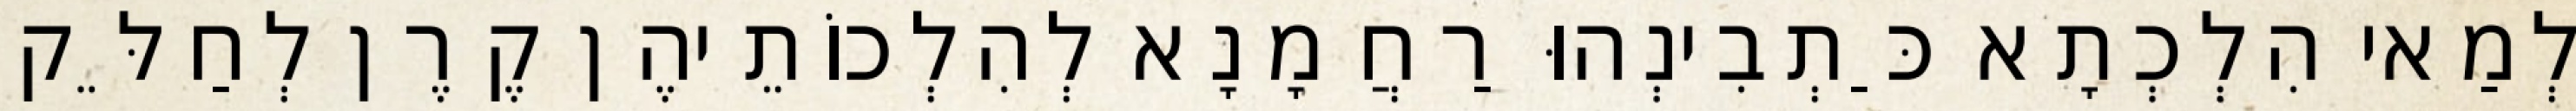
לְמַאי הִלְכְתָא כַּתְבִינְהוּ רַחֲמָנָא לְהִלְכוֹתֵיהֶן קֶרֶן לְחַלֵּק